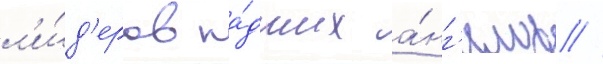
л'и́д'еров па́дших а́нг'елов //